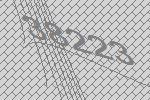
38223